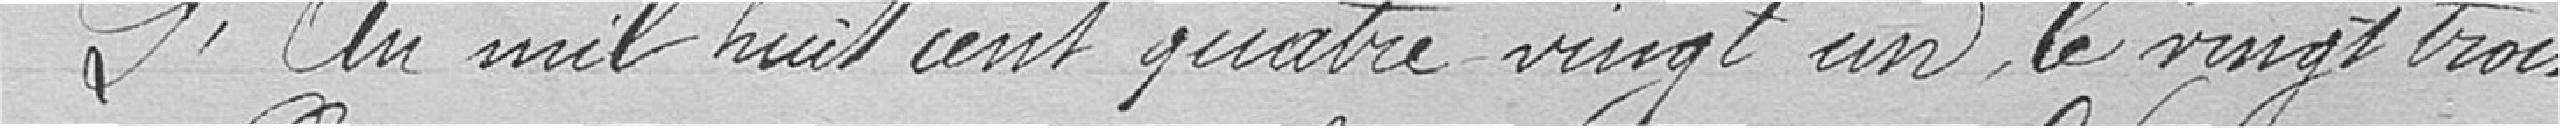
L'an mil huit cent quatre vingt un, le vingt trois